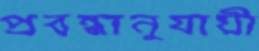
প্রবন্ধানুযায়ী